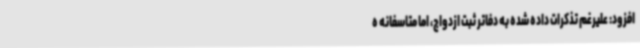
افزود: علیرغم تذکرات داده شده به دفاتر ثبت ازدواج، اما متاسفانه ه